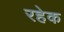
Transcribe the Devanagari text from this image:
रहेक